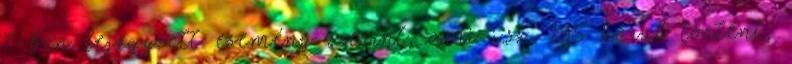
7-ben lejegyzett esemény szerint, ami i.sz. 135 körül történt,